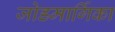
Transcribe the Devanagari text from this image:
जोडमार्गिका